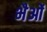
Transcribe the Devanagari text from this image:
भैओं